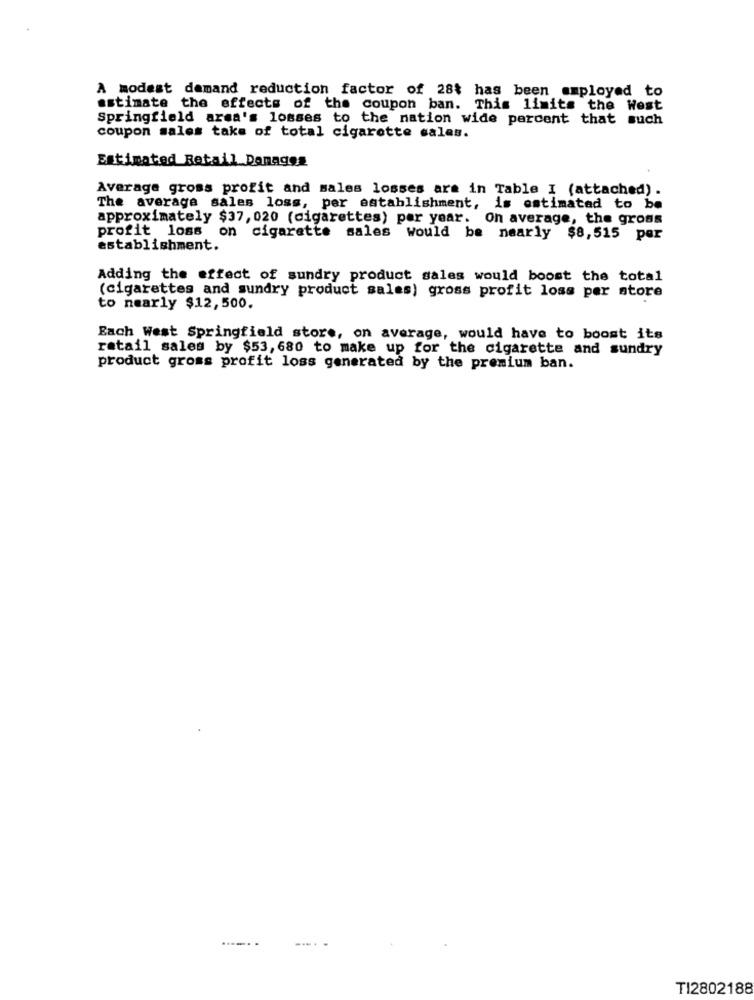
A modest demand reduction factor of 28% has been employed to
estimate the effects of the coupon ban. This limits the West
Springfield area's losses to the nation wide percent that such
coupon sales take of total cigarette sales.
Estimated Retail Donages
Average gross profit and sales losses are in Table I (attached) .
The average sales loss, per establishment,
is estimated to be
approximately $37, 020 (cigarettes) per year. on average, the gross
profit loss on cigarette sales would be nearly $8,515 per
establishment.
Adding the effect of sundry product sales would boost the total
(cigarettes and sundry product sales) gross profit loss per store
to nearly $12,500.
Each West Springfield store, on average, would have to boost its
retail sales by $53, 680 to make up for the cigarette and sundry
product gross profit loss generated by the premium ban.
......
.....
TI2802188